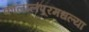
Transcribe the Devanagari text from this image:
कौलालंपूरमधल्या